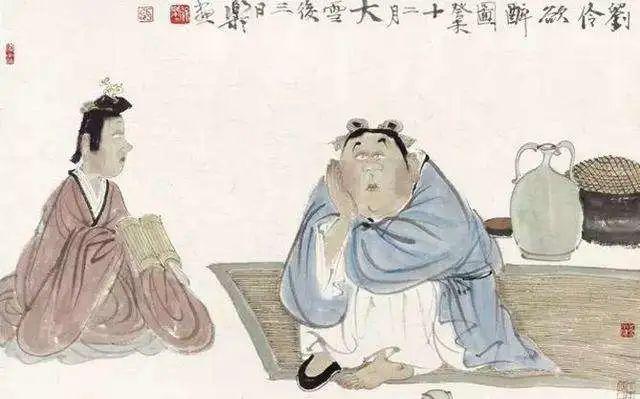
谤书盈箧不复辩，脱身来看江南山。